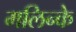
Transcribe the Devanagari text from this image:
मलिन्के